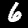
Digit: 6